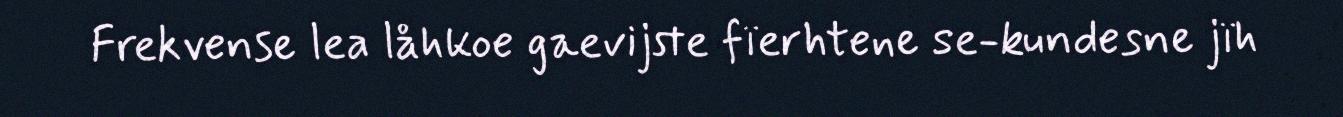
Frekvense lea låhkoe gaevijste fïerhtene se-kundesne jïh